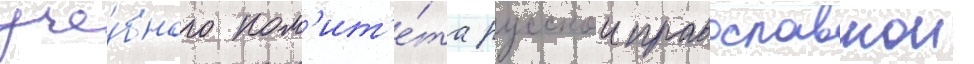
уче́бного ком'ит'е́та русскои православнои